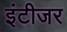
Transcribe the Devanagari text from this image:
इंटीजर